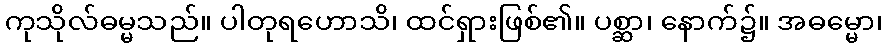
ကုသိုလ်ဓမ္မသည်။ ပါတုရဟောသိ၊ ထင်ရှားဖြစ်၏။ ပစ္ဆာ၊ နောက်၌။ အဓမ္မော၊